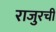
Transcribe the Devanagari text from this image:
राजुरची